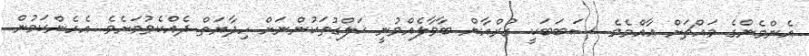
އެންމެންގެ މައްޗަށް ޢާއްމެވެ. ސަބަބަކީ ގުރްއާން ބާވާލެއްވުނީ ޚަލްގުތަކުންނަށް ހިދާޔަތް ދެއްކެވުމަށެވެ. އެހެންކަމުން